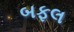
બફલ